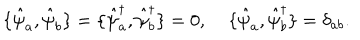
LaTeX: \{ \hat { \psi } _ { a } , \hat { \psi } _ { b } \} = \{ \hat { \psi } _ { a } ^ { \dagger } , \hat { \psi } _ { b } ^ { \dagger } \} = 0 , \; \{ \hat { \psi } _ { a } , \hat { \psi } _ { b } ^ { \dagger } \} = \delta _ { a b } .